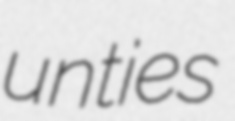
unties